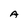
Character: A